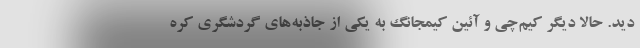
دید. حالا دیگر کیم‌چی و آئین کیمجانگ به یکی از جاذبه‌های گردشگری کره